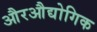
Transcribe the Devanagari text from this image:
औरऔद्योगिक